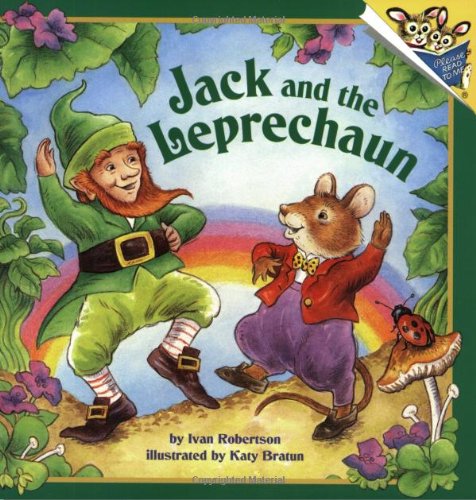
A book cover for Jack and the Leprechaun (Pictureback(R)); Ivan Robertson; Children's Books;